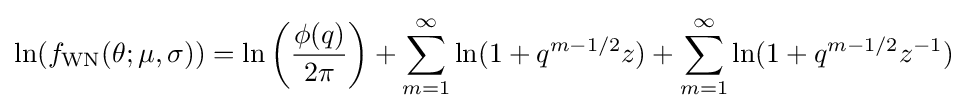
\ln(f_{\text{WN}}(\theta ;\mu ,\sigma ))=\ln \left({\frac {\phi (q)}{2\pi }}\right)+\sum _{m=1}^{\infty }\ln(1+q^{m-1/2}z)+\sum _{m=1}^{\infty }\ln(1+q^{m-1/2}z^{-1})